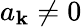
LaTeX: a_{\mathbf{k}}\neq0